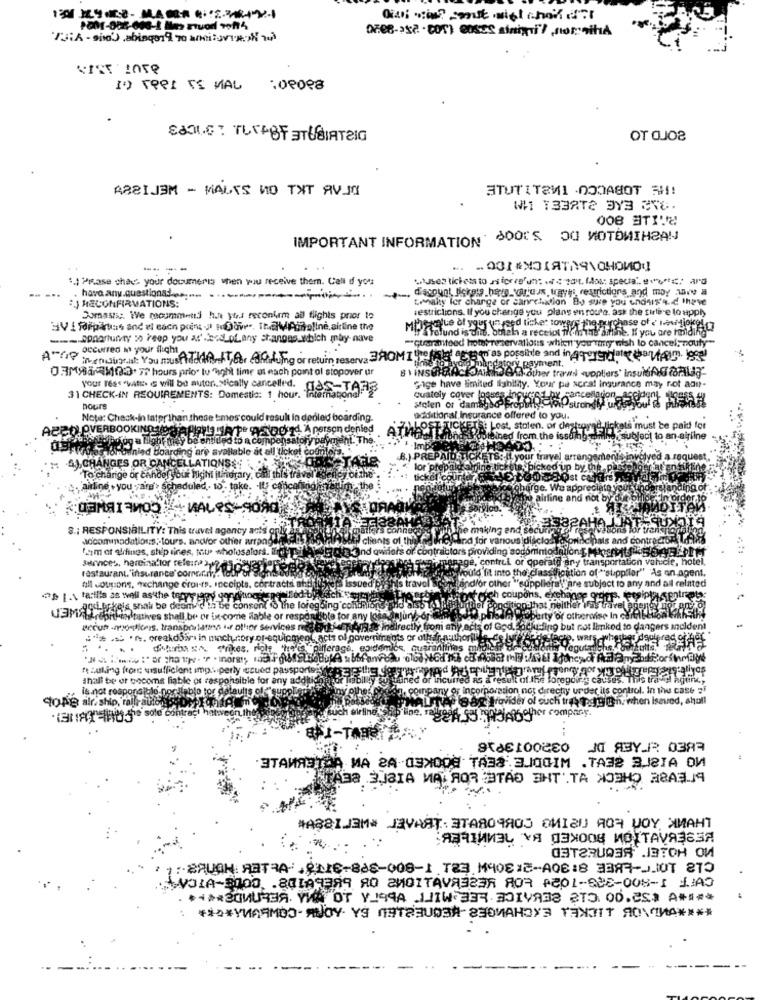
I'> TORI TE MAL
SAM.S : TUreOF STUBIATeIG
RBEIJAM - MALYS NO TXT AV IN
STUT ITEMI -DODASOT S !!!
WHY TEBATA BYE BYE.
IMPORTANT INFORMATION SOOES DO MOTOMIHRAN
----
.. .. ОЗТ «ХОТЯТАЯ\ОНОИО !!
: I Prase chac. your documents when you receive them. Cell if you
-- -..
have any questions:e ;==
tewahy for charge or sanretention Bo sure you enduit'4. 2 thave
J MECONFIRMATIONS:
restrictions. If you change you plans en route ask the surle e to apply
Domastic. We moummeti han yus reconimm all flights prior to
urchase of e wovi diokgl.cz
....... ADnartumy o Freep you at'.bed of any changes which may- nave
Mariofund is dis, otel a receiot fidin the airline. If you are hilding"
A"Ge Occurred in your flight
-guaranteed hotel reservations which you marry"wish to cancel: nouty-
-
Vinendigest: You mustdddink Teer Olduing or return reserva 3POMI the failed "espoir as possible and in Agerental parutoligligge
03Maa q103.7 hours prior to "light time at esch point ol stopover ur
payment.
your Tes* * VAtt. is will be auton. Mically cancelled.
rot ad
gige have limited lighility. Your pe scra! ingur
31 CHECK-IN REQUIREMENTS: Domestic: 1 hour. Internagond
cuately cover log:
Sance
hours
Molen of damagb
Nowr: Check-in laterthan these times could result in denled boarding-
additional Insurance offered to you.
APEN OVERBOOKINGJON
person denied
AT
Lost, stolen. or ches
lick
paid for
nsatory pay
of The
from the iss
lomodnied Boarding are available at all ticket counters
.) PREPA
CHANGES OR CANCELLATIONS
lor prepa
To charige or candel your Right itinerary, call this travel"
airline - you -are > scheduled. 10. take.
8 .; RESPONSIBILITY: This travel agency ants
socommadations, tours. andvor other arranger
clients of thistag
Fam ot alifings, ship aines, tou wholosalors. Fire!"
Ond awifets of contra
Services, harci-saflor rele:tayyip
restaurant."insurance comorin ?.
of "supplier" "As en agent.
ubject to any and all related
all wotysons, rechange croi-ts. receipts, contract
s trave
gibtes shal be deom
be conso
3MALrebro tatives shall be or ix come ilab
Brcuft -policis, transportatins if olhier service
Hat indirectly from a
of God.
Imkod to dan
."* . .. breakdis in mach, cory of-equip
dihubs s^. Trikes, riple
" zuling fron uisufficient imp.siperly ccued pas
shall be er bocoms liable os responsible for any
incurred iG a result of the forepoire causes. This travel hotinc,
npany of incorporation not directly under its control. In the case 2
is not responsible posilablo tor dataul
And company
fovider of such trek sodio @h. when isaved, shall
HOPE alr. ship, ralfrau
other company.
ЭТАИЯЭТОЙ МА ГА ОЗХОДЫ ТАЗА ЭШДОМ .ТАЗЫ ЗЛЕТА ОИ
TA38 .3.JBIA MIR: ROR STAD BHT'.TA NOTHO ARAJJA
ФАЗАХЛАМ» JAVAЯТ: ЭТАЯОЧЯОЗ QMIAL ЯОН ШОУ, ЛИАНТ
яачиизц чя дахов ИОХТАУЯЗЕЗЯ
03TERUQ38 .3TOHO
VOLA-3000, . 80LAGER9 A0 AMOITAVA323 90 +201-928-008-1 1:A0
*** ЭСИОЧУЯ. УИД ОТ УДАЧА 11IW-33Ч.ЛOIVABe ST3. 00.253 A ****